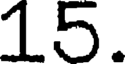
15.